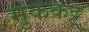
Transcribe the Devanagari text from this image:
मुककट्टू